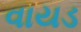
વાયડ